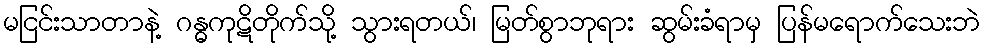
မငြင်းသာတာနဲ့ ဂန္ဓကုဋိတိုက်သို့ သွားရတယ်၊ မြတ်စွာဘုရား ဆွမ်းခံရာမှ ပြန်မရောက်သေးဘဲ